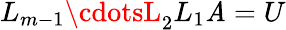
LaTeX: L_{m-1}\cdotsL_{2}L_{1}\mathit{A}=U